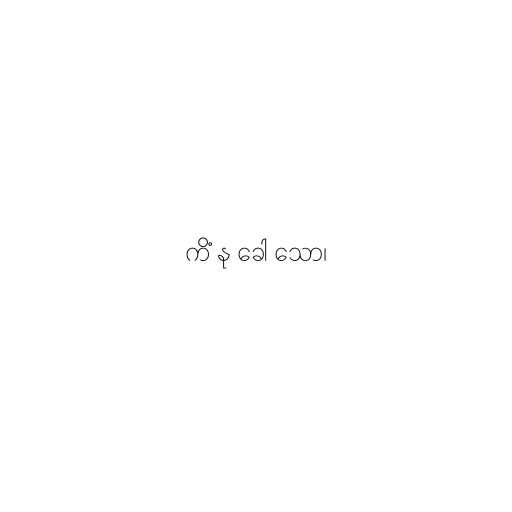
ကိံ နု ခေါ သော၊